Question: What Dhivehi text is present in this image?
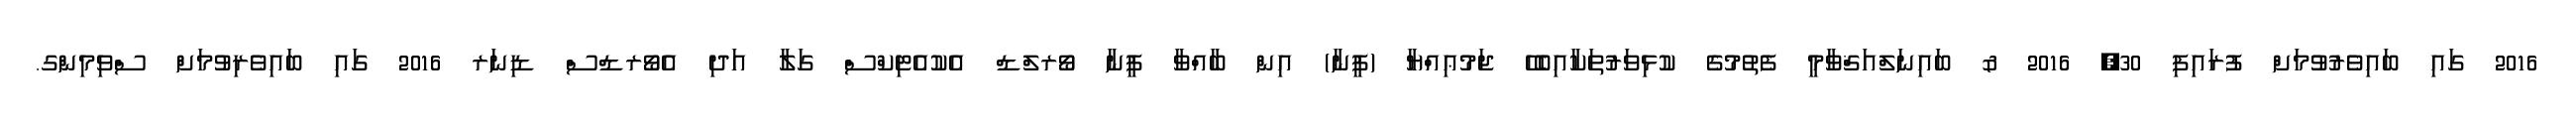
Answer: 2016 ގައި ބައިވެރުވުމަށް ފުރައިފި 30, 2016 & ބައިނަލްއަޤްވާމީ ފެތުމުގެ ކުޅިވަރުތަކާއިބެހޭ ޖަމުޢިއްޔާ (ފީނާ) އިން ބާއްވާ ފީނާ ވޯރލްޑް އެކުއެޓިކްސް ގަލާ އަދި އެވޯރޑްސް ޑިނަރ 2016 ގައި ބައިވެރިވުމަށް ސްވިމިންގ.